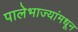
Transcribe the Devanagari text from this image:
पालेभाज्यांमधून